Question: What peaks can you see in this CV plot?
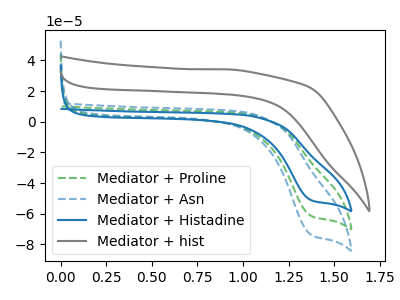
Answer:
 <answer>The green dashed curve "Mediator + Proline" has a cathodic peak at: (1.35V, -61.25uA). The blue dashed curve "Mediator + Asn" has a cathodic peak at: (1.35V, -122.50uA). The blue curve "Mediator + Histadine" has a cathodic peak at: (1.35V, -51.00uA). The gray curve "Mediator + hist" has no peaks.</answer>
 <eval></eval>